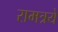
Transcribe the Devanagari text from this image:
रामत्रये